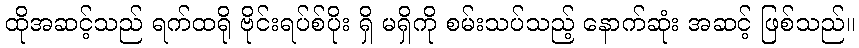
ထိုအဆင့်သည် ရက်ထရို ဗိုင်းရပ်စ်ပိုး ရှိ မရှိကို စမ်းသပ်သည့် နောက်ဆုံး အဆင့် ဖြစ်သည်။